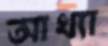
আখ্যা